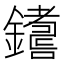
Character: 𨮚